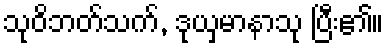
သုဝိဘတ်သက်, ဒုယှမာနာသု ပြီး၏။